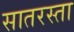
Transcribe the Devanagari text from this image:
सातरस्ता